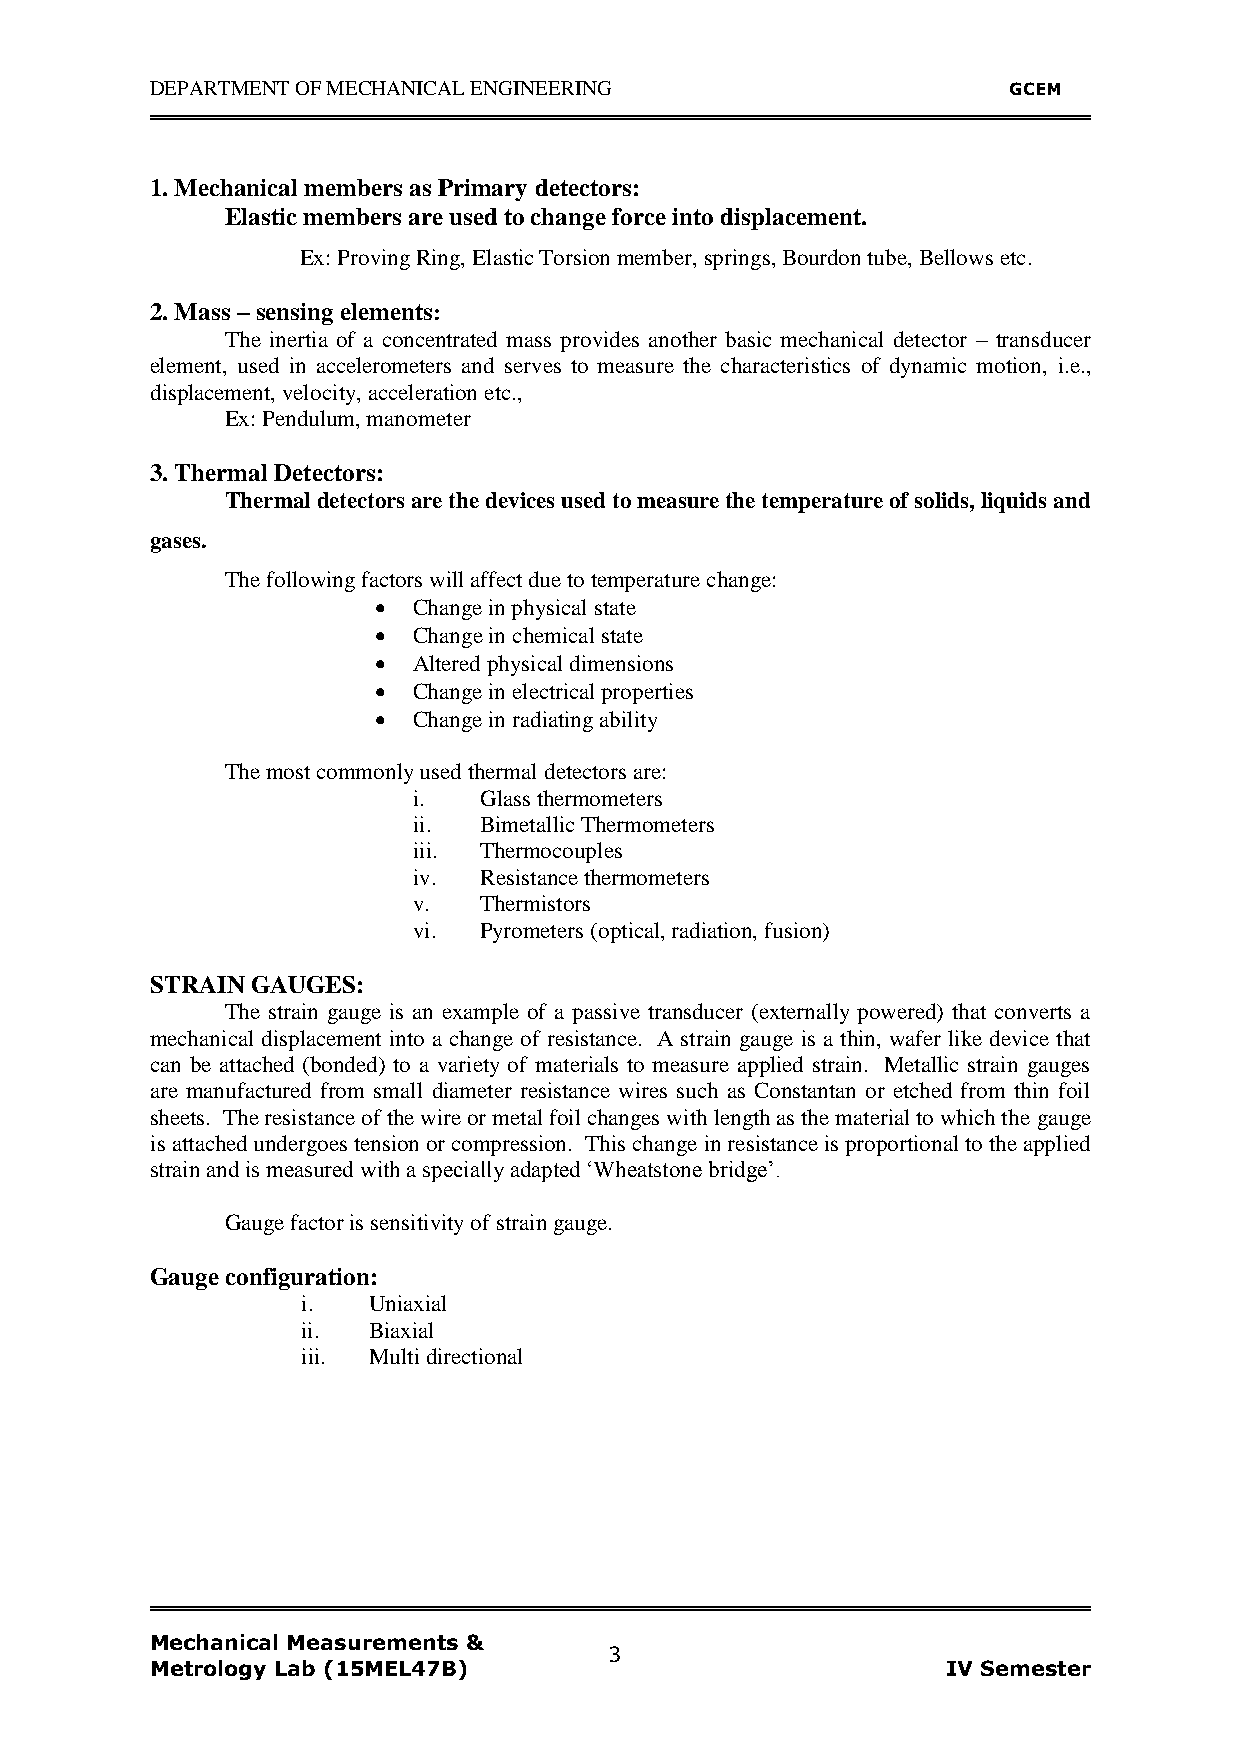
DEPARTMENT OF MECHANICAL ENGINEERING                     GCEM
 1. Mechanical members as Primary detectors:
 Elastic members are used to change force into displacement.
 Ex: Proving Ring, Elastic Torsion member, springs, Bourdon tube, Bellows etc.
 2. Mass – sensing elements:
 The inertia of a concentrated mass provides another basic mechanical detector – transducer
 element, used in accelerometers and serves to measure the characteristics of dynamic motion, i.e.,
 displacement, velocity, acceleration etc.,
 Ex: Pendulum, manometer
 3. Thermal Detectors:
 Thermal detectors are the devices used to measure the temperature of solids, liquids and
 gases.
 The following factors will affect due to temperature change:
  Change in physical state
  Change in chemical state
  Altered physical dimensions
  Change in electrical properties
  Change in radiating ability
 The most commonly used thermal detectors are:
 i.   Glass thermometers
 ii.  Bimetallic Thermometers
 iii. Thermocouples
 iv.  Resistance thermometers
 v.   Thermistors
 vi.  Pyrometers (optical, radiation, fusion)
 STRAIN GAUGES:
 The strain gauge is an example of a passive transducer (externally powered) that converts a
 mechanical displacement into a change of resistance. A strain gauge is a thin, wafer like device that
 can be attached (bonded) to a variety of materials to measure applied strain. Metallic strain gauges
 are manufactured from small diameter resistance wires such as Constantan or etched from thin foil
 sheets. The resistance of the wire or metal foil changes with length as the material to which the gauge
 is attached undergoes tension or compression. This change in resistance is proportional to the applied
 strain and is measured with a specially adapted „Wheatstone bridge‟.
 Gauge factor is sensitivity of strain gauge.
 Gauge configuration:
 i.  Uniaxial
 ii. Biaxial
 iii. Multi directional
 Mechanical Measurements &
 3
 Metrology Lab (15MEL47B)                             IV Semester